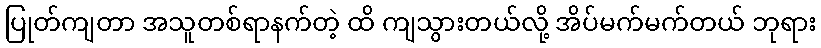
ပြုတ်ကျတာ အသူတစ်ရာနက်တဲ့ ထိ ကျသွားတယ်လို့ အိပ်မက်မက်တယ် ဘုရား